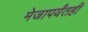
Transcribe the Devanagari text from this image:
मेजापर्यंतही